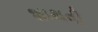
શાથવી